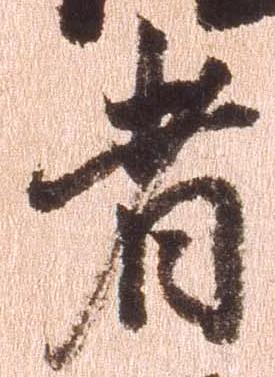
者